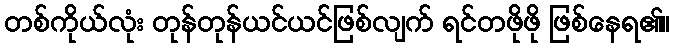
တစ်ကိုယ်လုံး တုန်တုန်ယင်ယင်ဖြစ်လျက် ရင်တဖိုဖို ဖြစ်နေရ၏။